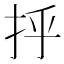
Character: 𫼞